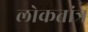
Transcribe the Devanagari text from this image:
लोकतांत्र